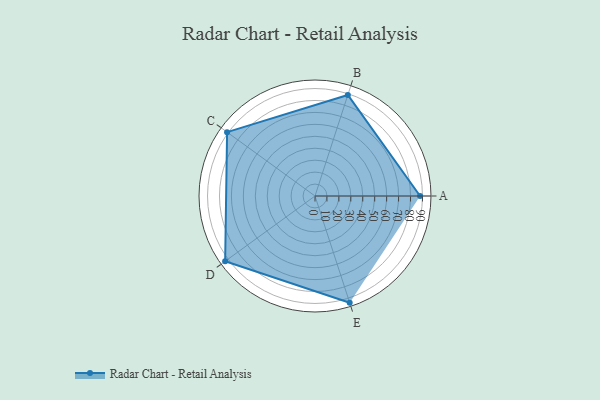
{"axis": {"x": "Skill", "y": "Score"}, "legend": ["Profile"], "data": [{"x": "A", "y": 88.0, "type": "Profile"}, {"x": "B", "y": 89.0, "type": "Profile"}, {"x": "C", "y": 91.0, "type": "Profile"}, {"x": "D", "y": 93.0, "type": "Profile"}, {"x": "E", "y": 94.0, "type": "Profile"}]}